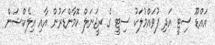
އައްޑޫ ސިޓީ އަދި ފުވައްމުލަކު ސިޓީ ގެ ރީޖަނަލް ކޮމާންޑަރުން އާއި އިލެކްޝަން